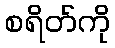
စရိတ်ကို